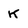
Character: K